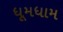
ધૂમધામ